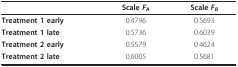
|  | Scale FA | Scale FB |
 | --- | --- | --- |
 | Treatment 1 early | 0.4796 | 0.5693 |
 | Treatment 1 late | 0.5736 | 0.6039 |
 | Treatment 2 early | 0.5579 | 0.4624 |
 | Treatment 2 late | 0,6005 | 0.5681 |